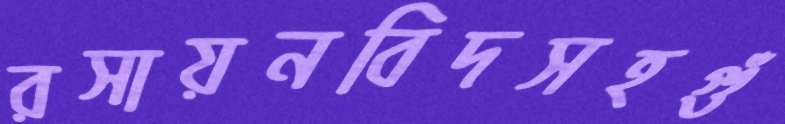
রসায়নবিদসহগুঁ